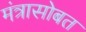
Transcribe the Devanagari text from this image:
मंत्रासोबत